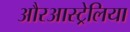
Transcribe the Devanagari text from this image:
औरआस्ट्रेलिया